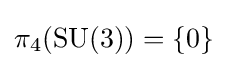
\pi _{4}(\mathrm {SU} (3))=\{0\}